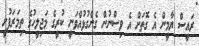
ރައީސް ޔާމީން އެ ގޮތަށް އެ ވިސްނުން ގެންގުޅުއްވަނީ ކުރީގެ މަޖިލީހުގެ ތިމަރަފުށީ